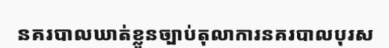
នគរបាលឃាត់ខ្លួនច្បាប់តុលាការនគរបាលបុរស